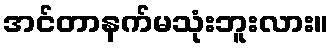
အင်တာနက်မသုံးဘူးလား။